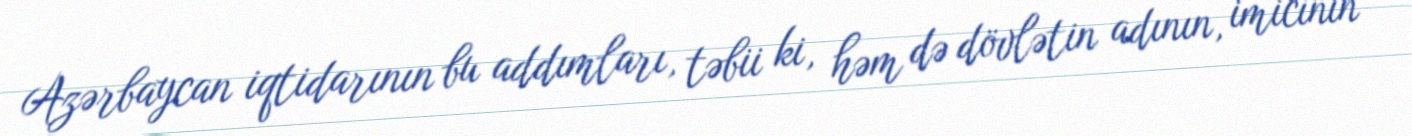
Azərbaycan iqtidarının bu addımları, təbii ki, həm də dövlətin adının, imicinin